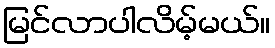
မြင်လာပါလိမ့်မယ်။